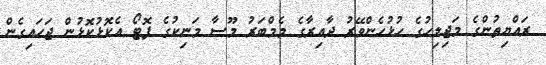
ރައްޔިތުންގެ މަޖިލިހުގެ ހުޅުހެންވޭރު ދާއިރާގެ މެމްބަރު މޫސާ މަނިކުގެ ފޮޓޯ އެކޮޅުކޮޅުން ޖަހައިގެން